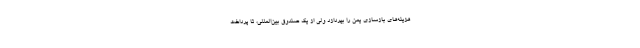
هزینه‌های بازسازی یمن را بپردازد ولی از یک صندوق بین‌المللی، تا پرداخت